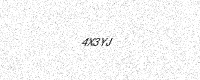
Text: 4X3YJ